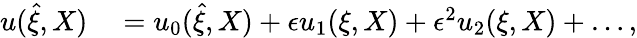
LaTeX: \begin{array}{rl}{u(\hat{\xi},X)}&{{}=u_{0}(\hat{\xi},X)+\epsilon u_{1}(\xi,X)+\epsilon^{2}u_{2}(\xi,X)+\dots,}\end{array}